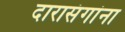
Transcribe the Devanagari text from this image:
दारासंगांना